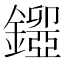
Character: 𨮃